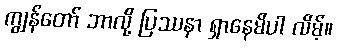
ကျွန်တော် ဘာလို့ ပြဿနာ ရှာနေမိပါ လိမ့်။